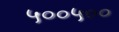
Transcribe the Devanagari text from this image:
५००५००